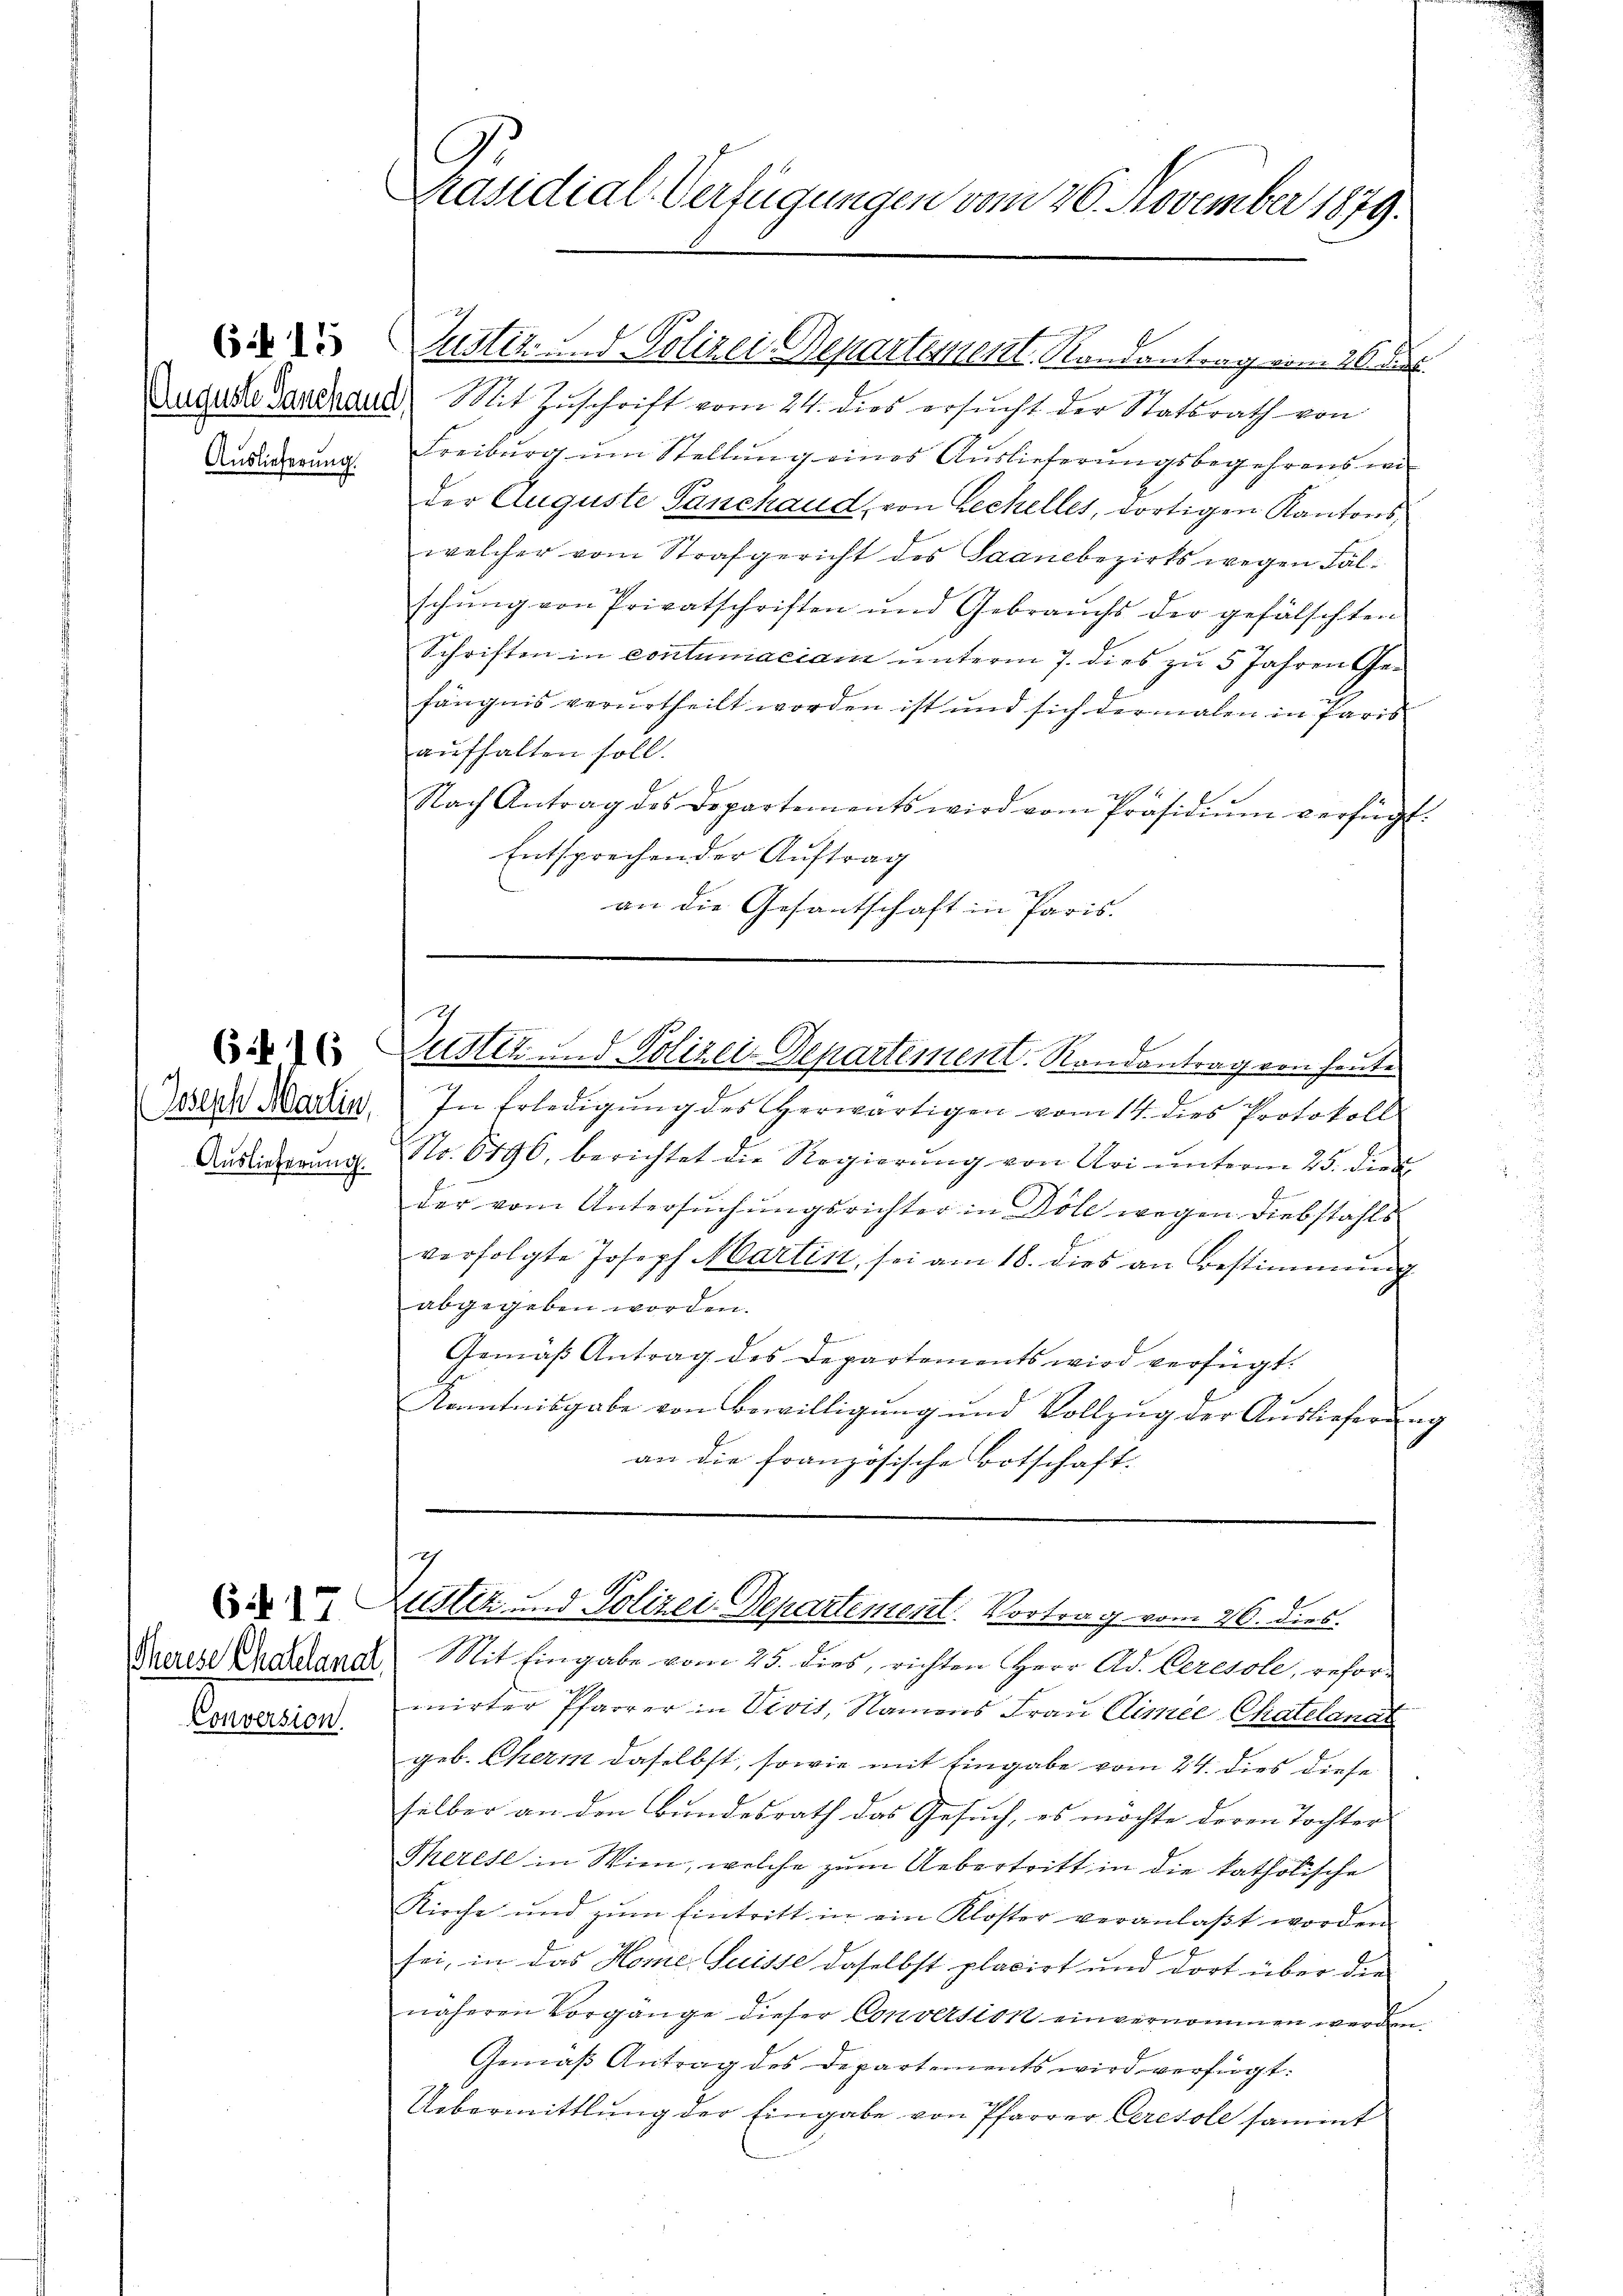
615

Auslieferung.

(i 16

Auslieferung.

6 n 17
Therese Chatelanal,
Conversion.

.
Präsidial-Verfügungen vom 26. November 1879.

Duzuste Gardraut Mit Zŭschrift vom 24. dies ersŭcht der Statsrath von
Freiburg um Stellung eines Auslieferungsbegehrens wi
der Auguste Sanenaud, von Zechelles, dortigen Kantonswelcher vom Strafgericht des Saanebezirks wegen Fälschung von Privatschriften und Gebrauchs der gefälschten
Schriften in contumaciam unterm 7. dies zu 5 Jahren Gefängnis verurtheilt worden ist und sich dermalen in Paris
aufhalten soll.
Nach Antrag des Departements wird vom Präsidiŭm verfügt:
Entsprechen der Auftrag
an die Gesantschaft in Paris.

Justiz und Polizei-Departement, Randantrag vom 26. d.

Justiz und Polizei-Departement. Randantrag von heute

Deser Martin. In Erledigŭng des erwärtigen vom 14. dies Protokoll
Nr. 6496. berichtet die Regierung von Uri unterm 25. dies
E
der vom Untersuchungsrichter in Döle wegen Diebstahls
verfolgte Joseph Martin, sei am 18. dies an Bestimmung
abgegeben worden.
Gemäß Antrag des Departements wird verfügt:
Kamtnisgabe von Bewilligung und Vollzug der Auslieferung
an die französische Botschaft.

7
Zustiz und Polizei Departement. Vortrag vom 26. dies

Mit Eingabe vom 25. dies, richten Herr Ad. Ceresole, reformirter Pfarrer in Vivis, Namens Frau Climée Chatelanat
geb. Chern daselbst, sowie mit Eingabe vom 24. dies diese
selber an den Bundesrath das Gesuch, es möchte deren Tochter
Therese in Wien, welche zum Uebertritt in die katholische
Kirche und zŭm Eintritt in ein Klöster veranlaβt worden
sei, in das Home Suisse daselbst placirt und dort über die
näheren Vorgange dieser Conversion einvernommen werden.
Gemäß Antrag des Departements wird verfügt:
Uebermittlung der Eingabe von Pfarrer Ceresole sammt